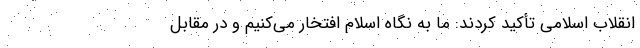
انقلاب اسلامی تأکید کردند: ما به نگاه اسلام افتخار می‌کنیم و در مقابل